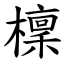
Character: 檁